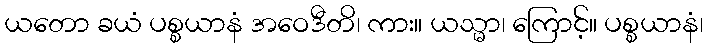
ယတော ခယံ ပစ္စယာနံ အဝေဒီတိ၊ ကား။ ယသ္မာ၊ ကြောင့်။ ပစ္စယာနံ၊